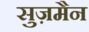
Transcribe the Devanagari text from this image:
सुज़मैन